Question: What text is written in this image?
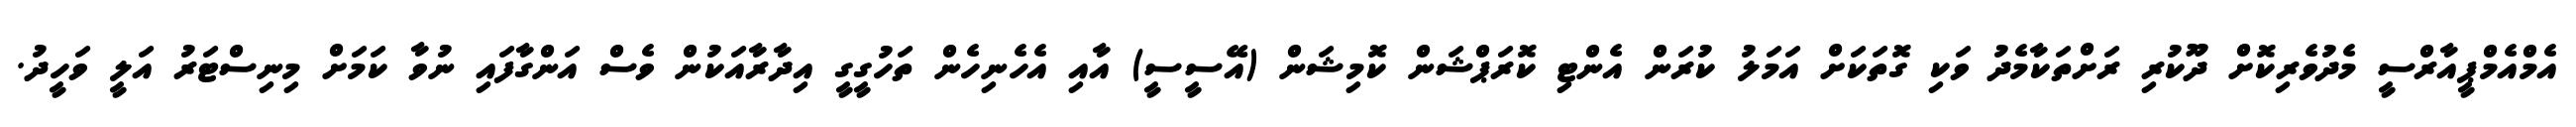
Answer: އެމްއެމްޕީއާރްސީ މެދުވެރިކޮށް ދޫކުރި ރަށްތަކާމެދު ވަކި ގޮތަކަށް އަމަލު ކުރަން އެންޓި ކޮރަޕްޝަން ކޮމިޝަން (އޭސީސީ) އާއި އެހެނިހެން ތަހުގީގީ އިދާރާއަކުން ވެސް އަންގާފައި ނުވާ ކަމަށް މިނިސްޓަރު އަލީ ވަހީދު.